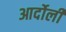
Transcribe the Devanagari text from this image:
आर्दोली